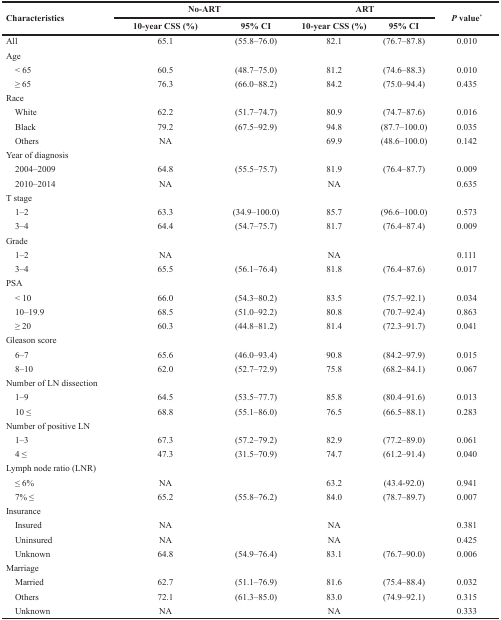
<table><thead><tr><td rowspan="2"><b>Characteristics</b></td><td colspan="2"><b>No-ART</b></td><td colspan="2"><b>ART</b></td><td rowspan="2"><b><i>P</i> value<sup>*</sup></b></td></tr><tr><td><b>10-year CSS (%)</b></td><td><b>95% CI</b></td><td><b>10-year CSS (%)</b></td><td><b>95% CI</b></td></tr></thead><tbody><tr><td>All</td><td>65.1</td><td>(55.8–76.0)</td><td>82.1</td><td>(76.7–87.8)</td><td>0.010</td></tr><tr><td>Age</td><td></td><td></td><td></td><td></td><td></td></tr><tr><td> &lt; 65</td><td>60.5</td><td>(48.7–75.0)</td><td>81.2</td><td>(74.6–88.3)</td><td>0.010</td></tr><tr><td> ≥ 65</td><td>76.3</td><td>(66.0–88.2)</td><td>84.2</td><td>(75.0–94.4)</td><td>0.435</td></tr><tr><td>Race</td><td></td><td></td><td></td><td></td><td></td></tr><tr><td> White</td><td>62.2</td><td>(51.7–74.7)</td><td>80.9</td><td>(74.7–87.6)</td><td>0.016</td></tr><tr><td> Black</td><td>79.2</td><td>(67.5–92.9)</td><td>94.8</td><td>(87.7–100.0)</td><td>0.035</td></tr><tr><td> Others</td><td>NA</td><td></td><td>69.9</td><td>(48.6–100.0)</td><td>0.142</td></tr><tr><td>Year of diagnosis</td><td></td><td></td><td></td><td></td><td></td></tr><tr><td> 2004–2009</td><td>64.8</td><td>(55.5–75.7)</td><td>81.9</td><td>(76.4–87.7)</td><td>0.009</td></tr><tr><td> 2010–2014</td><td>NA</td><td></td><td>NA</td><td></td><td>0.635</td></tr><tr><td>T stage</td><td></td><td></td><td></td><td></td><td></td></tr><tr><td> 1–2</td><td>63.3</td><td>(34.9–100.0)</td><td>85.7</td><td>(96.6–100.0)</td><td>0.573</td></tr><tr><td> 3–4</td><td>64.4</td><td>(54.7–75.7)</td><td>81.7</td><td>(76.4–87.4)</td><td>0.009</td></tr><tr><td>Grade</td><td></td><td></td><td></td><td></td><td></td></tr><tr><td> 1–2</td><td>NA</td><td></td><td>NA</td><td></td><td>0.111</td></tr><tr><td> 3–4</td><td>65.5</td><td>(56.1–76.4)</td><td>81.8</td><td>(76.4–87.6)</td><td>0.017</td></tr><tr><td>PSA</td><td></td><td></td><td></td><td></td><td></td></tr><tr><td> &lt; 10</td><td>66.0</td><td>(54.3–80.2)</td><td>83.5</td><td>(75.7–92.1)</td><td>0.034</td></tr><tr><td> 10–19.9</td><td>68.5</td><td>(51.0–92.2)</td><td>80.8</td><td>(70.7–92.4)</td><td>0.863</td></tr><tr><td> ≥ 20</td><td>60.3</td><td>(44.8–81.2)</td><td>81.4</td><td>(72.3–91.7)</td><td>0.041</td></tr><tr><td>Gleason score</td><td></td><td></td><td></td><td></td><td></td></tr><tr><td> 6–7</td><td>65.6</td><td>(46.0–93.4)</td><td>90.8</td><td>(84.2–97.9)</td><td>0.015</td></tr><tr><td> 8–10</td><td>62.0</td><td>(52.7–72.9)</td><td>75.8</td><td>(68.2–84.1)</td><td>0.067</td></tr><tr><td>Number of LN dissection</td><td></td><td></td><td></td><td></td><td></td></tr><tr><td> 1–9</td><td>64.5</td><td>(53.5–77.7)</td><td>85.8</td><td>(80.4–91.6)</td><td>0.013</td></tr><tr><td> 10 ≤</td><td>68.8</td><td>(55.1–86.0)</td><td>76.5</td><td>(66.5–88.1)</td><td>0.283</td></tr><tr><td>Number of positive LN</td><td></td><td></td><td></td><td></td><td></td></tr><tr><td> 1–3</td><td>67.3</td><td>(57.2–79.2)</td><td>82.9</td><td>(77.2–89.0)</td><td>0.061</td></tr><tr><td> 4 ≤</td><td>47.3</td><td>(31.5–70.9)</td><td>74.7</td><td>(61.2–91.4)</td><td>0.040</td></tr><tr><td>Lymph node ratio (LNR)</td><td></td><td></td><td></td><td></td><td></td></tr><tr><td> ≤ 6%</td><td>NA</td><td></td><td>63.2</td><td>(43.4-92.0)</td><td>0.941</td></tr><tr><td> 7% ≤</td><td>65.2</td><td>(55.8–76.2)</td><td>84.0</td><td>(78.7–89.7)</td><td>0.007</td></tr><tr><td>Insurance</td><td></td><td></td><td></td><td></td><td></td></tr><tr><td> Insured</td><td>NA</td><td></td><td>NA</td><td></td><td>0.381</td></tr><tr><td> Uninsured</td><td>NA</td><td></td><td>NA</td><td></td><td>0.425</td></tr><tr><td> Unknown</td><td>64.8</td><td>(54.9–76.4)</td><td>83.1</td><td>(76.7–90.0)</td><td>0.006</td></tr><tr><td>Marriage</td><td></td><td></td><td></td><td></td><td></td></tr><tr><td> Married</td><td>62.7</td><td>(51.1–76.9)</td><td>81.6</td><td>(75.4–88.4)</td><td>0.032</td></tr><tr><td> Others</td><td>72.1</td><td>(61.3–85.0)</td><td>83.0</td><td>(74.9–92.1)</td><td>0.315</td></tr><tr><td> Unknown</td><td>NA</td><td></td><td>NA</td><td></td><td>0.333</td></tr></tbody></table>